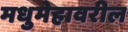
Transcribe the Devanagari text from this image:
मधुमेहावरील